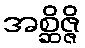
အစ္ဆိဇ္ဇိ